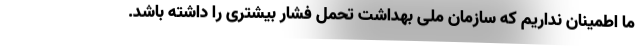
ما اطمینان نداریم که سازمان ملی بهداشت تحمل فشار بیشتری را داشته باشد.